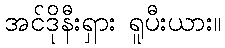
အင်ဒိုနီးရှား ရူပီးယား။